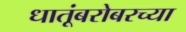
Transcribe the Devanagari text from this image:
धातूंबरोबरच्या